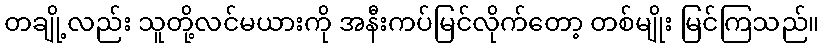
တချို့လည်း သူတို့လင်မယားကို အနီးကပ်မြင်လိုက်တော့ တစ်မျိုး မြင်ကြသည်။